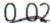
0.02